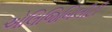
એલિજિબિલીટી